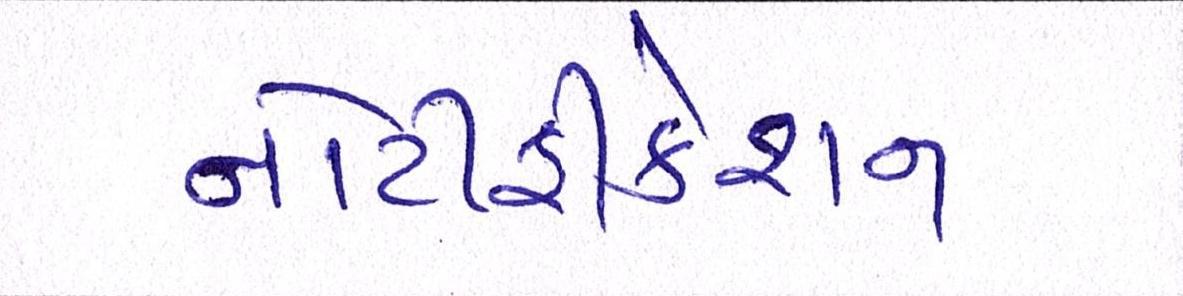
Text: નોટીફીકેશન